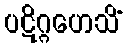
ပဋိဂ္ဂဟေသိံ